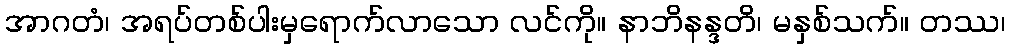
အာဂတံ၊ အရပ်တစ်ပါးမှရောက်လာသော လင်ကို။ နာဘိနန္ဒတိ၊ မနှစ်သက်။ တဿ၊